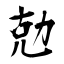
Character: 勊